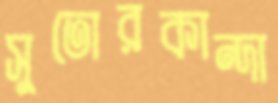
সুতোরকান্দা